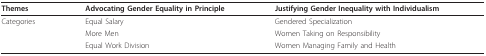
| Themes | Advocating Gender Equality in Principle | Justifying Gender Inequality with Individualism |
 | --- | --- | --- |
 | Categories | Equal Salary | Gendered Specialization |
 |  | More Men | Women Taking on Responsibility |
 |  | Equal Work Division | Women Managing Family and Health |